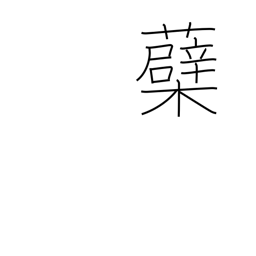
Meaning: sprout